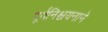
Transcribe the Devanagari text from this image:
पूर्वनिश्चयनाने